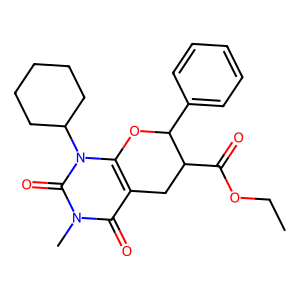
SMILES: CCOC(=O)C1Cc2c(n(C3CCCCC3)c(=O)n(C)c2=O)OC1c1ccccc1
Inhibits HIV replication: No